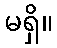
မရှိ။